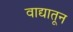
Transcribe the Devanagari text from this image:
वाद्यातून